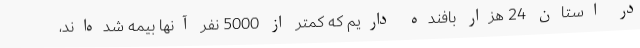
در استان 24 هزار بافنده داریم که کمتر از 5000 نفر آنها بیمه شده‌اند،